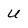
Character: U